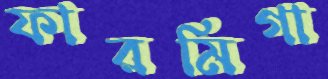
ফারমিগা